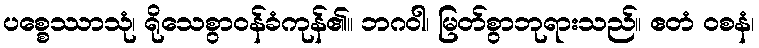
ပစ္စေဿာသုံ၊ ရိုသေစွာဝန်ခံကုန်၏။ ဘဂဝါ၊ မြတ်စွာဘုရားသည်။ ဧတံ ဝစနံ၊